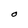
Character: O